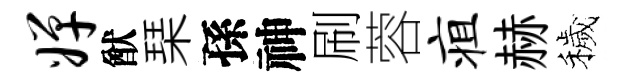
婵猷琹孫神刷蓉疽赫穢